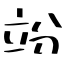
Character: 竕